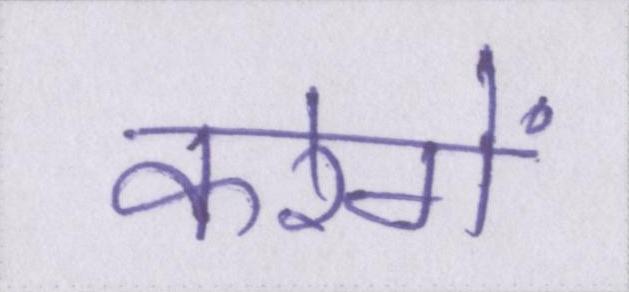
करेगें